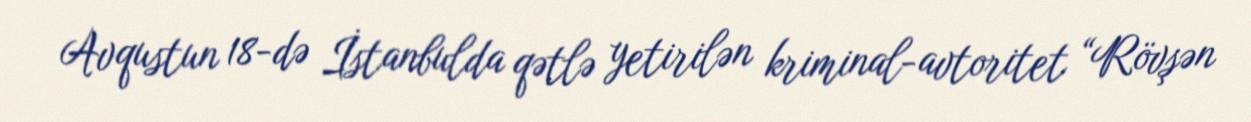
Avqustun 18-də İstanbulda qətlə yetirilən kriminal-avtoritet “Rövşən